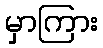
မှာကြား